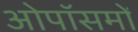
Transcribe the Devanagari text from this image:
ओपॉसमों